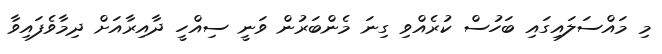
މި މައްސަލައިގައި ބަހުސް ކުރެއްވި ގިނަ މެންބަރުން ވަނީ ސިއްހީ ދާއިރާއަށް ދިމާވެފައިވާ